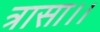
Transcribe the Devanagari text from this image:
त्रासा।।